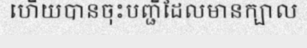
ហើយបានចុះបញ្ជីដែលមានក្បាល